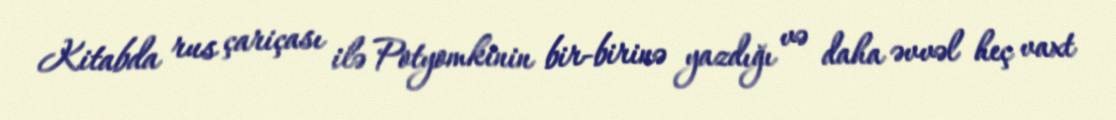
Kitabda rus çariçası ilə Potyomkinin bir-birinə yazdığı və daha əvvəl heç vaxt